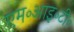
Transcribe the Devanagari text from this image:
एम॰आइ॰टी॰